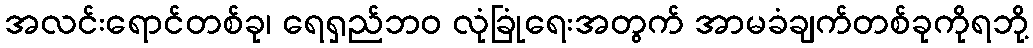
အလင်းရောင်တစ်ခု၊ ရေရှည်ဘဝ လုံခြုံရေးအတွက် အာမခံချက်တစ်ခုကိုရဘို့